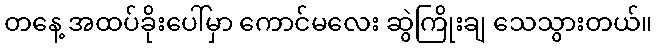
တနေ့ အထပ်ခိုးပေါ်မှာ ကောင်မလေး ဆွဲကြိုးချ သေသွားတယ်။